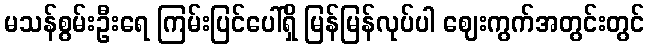
မသန်စွမ်းဦးရေ ကြမ်းပြင်ပေါ်ရှိ မြန်မြန်လုပ်ပါ ဈေးကွက်အတွင်းတွင်